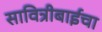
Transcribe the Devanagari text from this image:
सावित्रीबाईचा